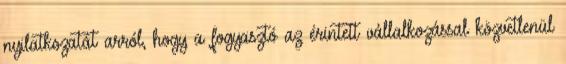
nyilatkozatát arról, hogy a fogyasztó az érintett vállalkozással közvetlenül